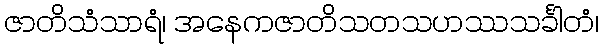
ဇာတိသံသာရံ၊ အနေကဇာတိသတသဟဿသင်္ခါတံ၊